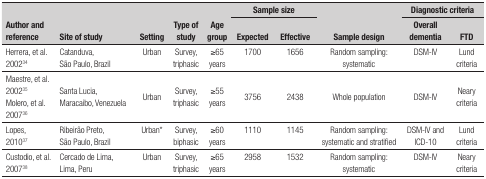
<table><thead><tr><td rowspan="2"><b>Author and reference</b></td><td rowspan="2"><b>Site of study</b></td><td rowspan="2"><b>Setting</b></td><td rowspan="2"><b>Type of study</b></td><td rowspan="2"><b>Age group</b></td><td colspan="2"><b>Sample size</b></td><td rowspan="2"><b>Sample design</b></td><td colspan="2"><b>Diagnostic criteria</b></td></tr><tr><td><b>Expected</b></td><td><b>Effective</b></td><td><b>Overall dementia</b></td><td><b>FTD</b></td></tr></thead><tbody><tr><td>Herrera, et al. 2002<sup>34</sup></td><td>Catanduva, São Paulo, Brazil</td><td>Urban</td><td>Survey, triphasic</td><td>≥65 years</td><td>1700</td><td>1656</td><td>Random sampling: systematic</td><td>DSM-IV</td><td>Lund criteria</td></tr><tr><td>Maestre, et al. 2002<sup>35</sup>Molero, et al.2007<sup>36</sup></td><td>Santa Lucia, Maracaibo, Venezuela</td><td>Urban</td><td>Survey, triphasic</td><td>≥55 years</td><td>3756</td><td>2438</td><td>Whole population</td><td>DSM-IV</td><td>Neary criteria</td></tr><tr><td>Lopes, 2010<sup>37</sup></td><td>Ribeirão Preto, São Paulo, Brazil</td><td>Urban*</td><td>Survey, biphasic</td><td>≥60 years</td><td>1110</td><td>1145</td><td>Random sampling: systematic and stratified</td><td>DSM-IV and ICD-10</td><td>Lund criteria</td></tr><tr><td>Custodio, et al. 2007<sup>38</sup></td><td>Cercado de Lima, Lima, Peru</td><td>Urban</td><td>Survey, triphasic</td><td>≥65 years</td><td>2958</td><td>1532</td><td>Random sampling: systematic</td><td>DSM-IV</td><td>Neary criteria</td></tr></tbody></table>